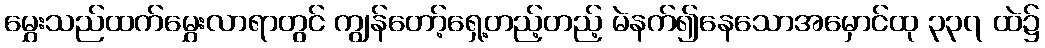
မွှေးသည်ထက်မွှေးလာရာတွင် ကျွန်တော့်ရှေ့တည့်တည့် မဲနက်၍နေသောအမှောင်ထု ၃၃၇ ထဲ၌